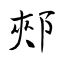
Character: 郟